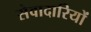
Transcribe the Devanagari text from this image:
सेवादारियों